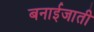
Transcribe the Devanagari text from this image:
बनाईजाती